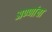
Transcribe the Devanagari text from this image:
अण्णांचा